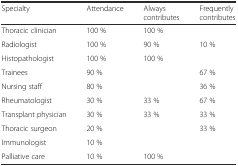
<table><thead><tr><td><b>Specialty</b></td><td><b>Attendance</b></td><td><b>Always contributes</b></td><td><b>Frequently contributes</b></td></tr></thead><tbody><tr><td>Thoracic clinician</td><td>100 %</td><td>100 %</td><td></td></tr><tr><td>Radiologist</td><td>100 %</td><td>90 %</td><td>10 %</td></tr><tr><td>Histopathologist</td><td>100 %</td><td>100 %</td><td></td></tr><tr><td>Trainees</td><td>90 %</td><td></td><td>67 %</td></tr><tr><td>Nursing staff</td><td>80 %</td><td></td><td>36 %</td></tr><tr><td>Rheumatologist</td><td>30 %</td><td>33 %</td><td>67 %</td></tr><tr><td>Transplant physician</td><td>30 %</td><td>33 %</td><td>33 %</td></tr><tr><td>Thoracic surgeon</td><td>20 %</td><td></td><td>33 %</td></tr><tr><td>Immunologist</td><td>10 %</td><td></td><td></td></tr><tr><td>Palliative care</td><td>10 %</td><td>100 %</td><td></td></tr></tbody></table>